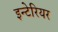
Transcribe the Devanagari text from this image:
इन्टेरियर